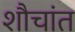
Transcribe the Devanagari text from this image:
शौचांत